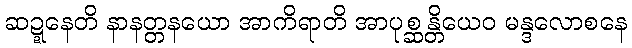
ဆဍ္ဍနေတိ နာနတ္တနယော အာကိရာတိ အာပုစ္ဆန္တိယေဝ မန္ဒလောစနေ